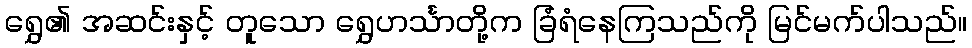
ရွှေ၏ အဆင်းနှင့် တူသော ရွှေဟင်္သာတို့က ခြံရံနေကြသည်ကို မြင်မက်ပါသည်။